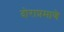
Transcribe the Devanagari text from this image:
दोराप्रमाणे